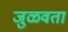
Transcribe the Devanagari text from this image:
जुळवता